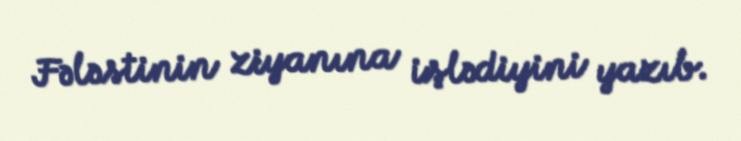
Fələstinin ziyanına işlədiyini yazıb.